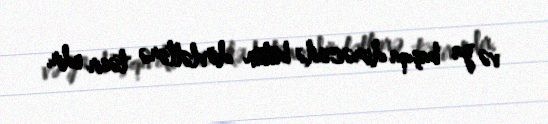
və ya başqa dərəcədə bütün dövlətlərə təsir edir.